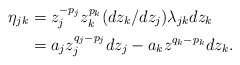
\begin{align*}\eta_{jk}& = z_j^{-p_j}z_k^{p_k} (dz_k/dz_j)\lambda_{jk} dz_k\\& = a_jz_j^{q_j-p_j}dz_j - a_kz^{q_k-p_k}dz_k.\end{align*}